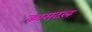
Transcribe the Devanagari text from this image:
कासटल